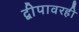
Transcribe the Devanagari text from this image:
द्वीपावरही